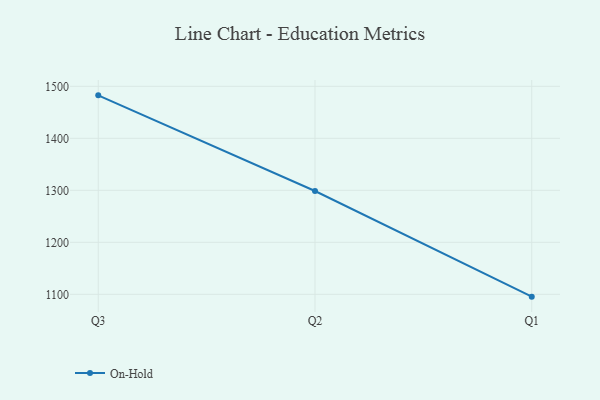
{"axis": {"x": "Quarter", "y": "Headcount"}, "legend": ["On-Hold"], "data": [{"x": "Q3", "y": 1482.6, "type": "On-Hold"}, {"x": "Q2", "y": 1298.6, "type": "On-Hold"}, {"x": "Q1", "y": 1095.5, "type": "On-Hold"}]}